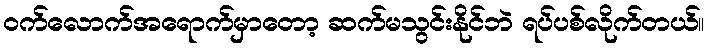
ဝက်လောက်အရောက်မှာတော့ ဆက်မသွင်းနိုင်ဘဲ ရပ်ပစ်လိုက်တယ်။